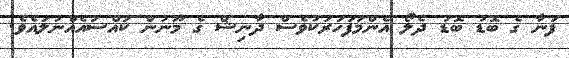
ފަނާ ގެ ބޮޑު ބޮޑު ދެލޯ އެންމަފަހަރަކުވެސް ދާނިޝް ގެ މޫނުން ކައްސައެއްނުލައެވެ.